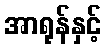
အာရုန်နှင့်